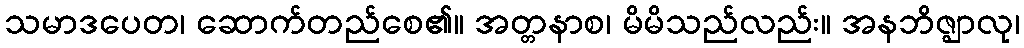
သမာဒပေတ၊ ဆောက်တည်စေ၏။ အတ္တနာစ၊ မိမိသည်လည်း။ အနဘိဇ္ဈာလု၊